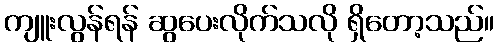
ကျူးလွန်ရန် ဆွပေးလိုက်သလို ရှိတော့သည်။